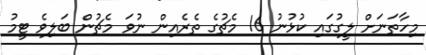
މިހާތަނަށް ލީގުގައި ކުޅުނު 16 މެޗުގެ ތެރެއިން ނުވަ މެޗުން ބަލިވެ ޓީމު